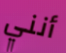
أنني